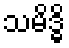
သမိဒ္ဓိ